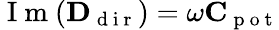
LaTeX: \mathrm{~I~m~}(\mathbf{D}_{\mathrm{~d~i~r~}})=\omega\mathbf{C}_{\mathrm{~p~o~t~}}